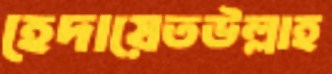
হেদায়েতউল্লাহ